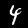
Label: 4